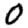
Digit: 0